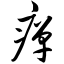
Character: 瘅